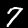
Digit: 7